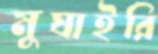
মুঘাইরি